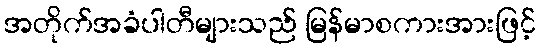
အတိုက်အခံပါတီများသည် မြန်မာစကားအားဖြင့်